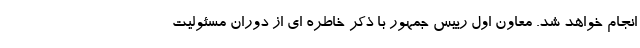
انجام خواهد شد. معاون اول رییس جمهور با ذکر خاطره ای از دوران مسئولیت